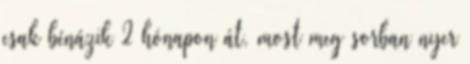
csak bénázik 2 hónapon át, most meg sorban nyer